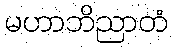
မဟာဘိညာတံ